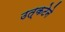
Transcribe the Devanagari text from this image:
उत्कटेने